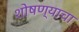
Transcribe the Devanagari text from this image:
शोषण्याचा